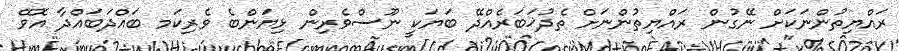
ރައްޔިތުންނަކަށް ނޭގުން ރައްޔިތުންނަށް ތެދުޚަބަރެއްދޭ ބަޔަކީ ނޫސްވެރިން ޅިޔަންބެ ވެރިކަމ ބައްދަބައްދާ އޮވޭ